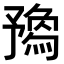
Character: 𠄝